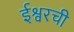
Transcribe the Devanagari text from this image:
ईश्वरची